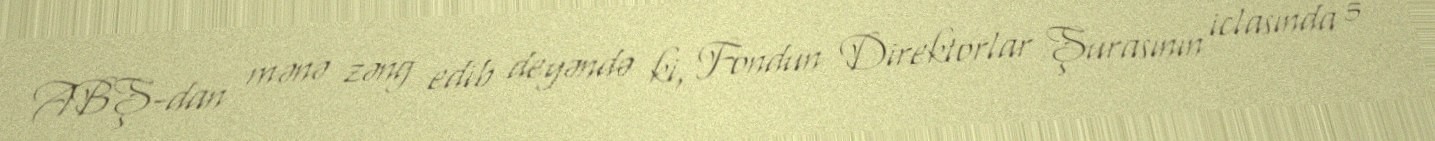
ABŞ-dan mənə zəng edib deyəndə ki, Fondun Direktorlar Şurasının iclasında 5